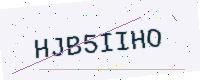
Text: HJB5IIHO